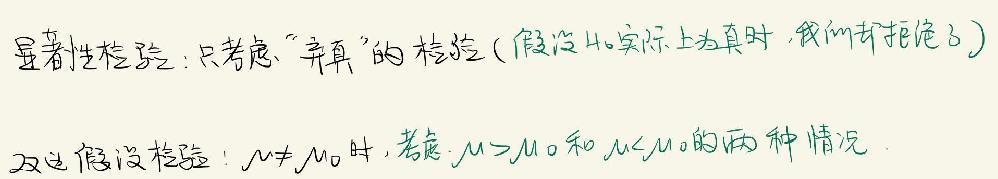
显著性检验：只考虑“弃真”的检验（假设$H_0$实际上为真时，我们却拒绝了）
双边假设检验：$\mu\neq\mu_0$时，考虑$\mu>\mu_0$和$\mu<\mu_0$的两种情况